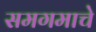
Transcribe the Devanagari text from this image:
समगमाचे